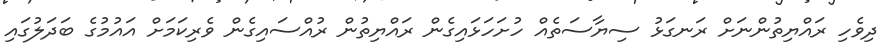
ދިވެހި ރައްޔިތުންނަށް ރަނގަޅު ސިޔާސަތެއް ހުށަހަޅައިގެން ރައްޔިތުން ރުއްސައިގެން ވެރިކަމަށް އައުމުގެ ބަދަލުގައި